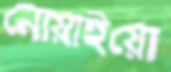
নোয়াইয়ো